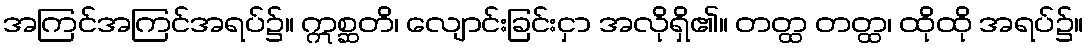
အကြင်အကြင်အရပ်၌။ ဣစ္ဆတိ၊ လျောင်းခြင်းငှာ အလိုရှိ၏။ တတ္ထ တတ္ထ၊ ထိုထို အရပ်၌။